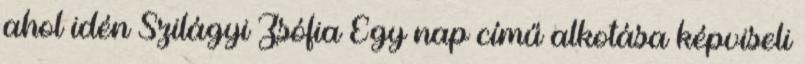
ahol idén Szilágyi Zsófia Egy nap című alkotása képviseli